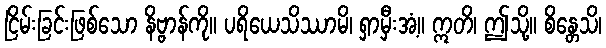
ငြိမ်းခြင်းဖြစ်သော နိဗ္ဗာန်ကို။ ပရိယေသိဿာမိ၊ ရှာမှီးအံ့။ ဣတိ၊ ဤသို့။ စိန္တေသိ၊